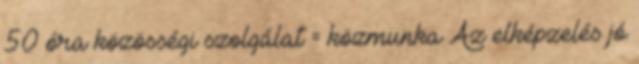
50 óra közösségi szolgálat = közmunka Az elképzelés jó